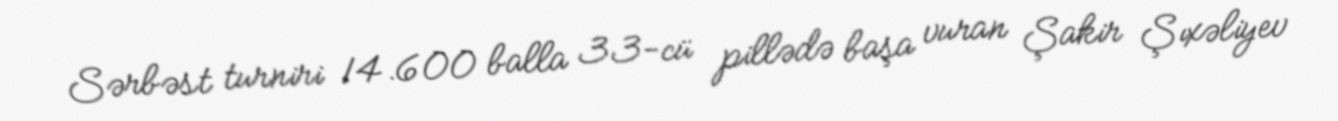
Sərbəst turniri 14.600 balla 33-cü pillədə başa vuran Şakir Şıxəliyev